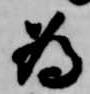
為